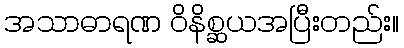
အသာဓာရဏ ဝိနိစ္ဆယအပြီးတည်း။